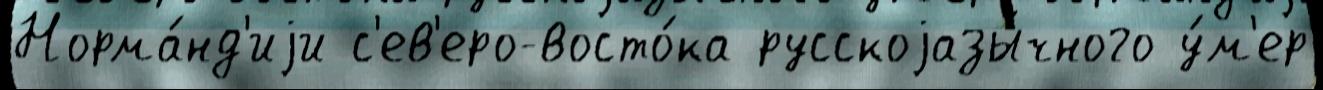
Норма́нд'иjи с'ев'еро-восто́ка русскоjазы́чного у́м'ер